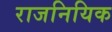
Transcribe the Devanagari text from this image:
राजनियिक